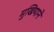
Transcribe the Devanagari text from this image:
मुखियाने